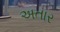
અતાર